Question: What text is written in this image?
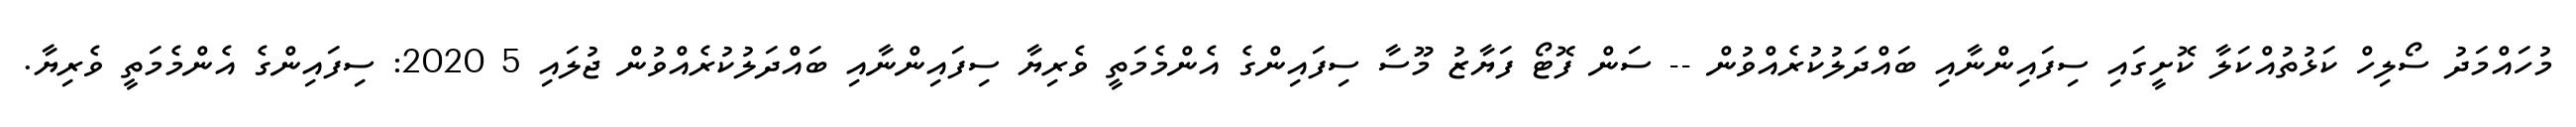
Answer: މުހައްމަދު ސޯލިހް ކަޅުތުއްކަލާ ކޮށީގައި ސިފައިންނާއި ބައްދަލުކުރެއްވުން -- ސަން ފޮޓޯ ފަޔާޒު މޫސާ ސިފައިންގެ އެންމެމަތީ ވެރިޔާ ސިފައިންނާއި ބައްދަލުކުރެއްވުން ޖުލައި 5 2020: ސިފައިންގެ އެންމެމަތީ ވެރިޔާ.